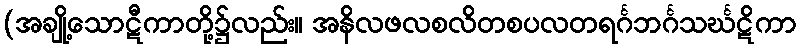
(အချို့သောဋီကာတို့၌လည်း။ အနိလဖလစလိတစပလတရင်္ဂဘင်္ဂသင်္ဃဋိကာ